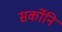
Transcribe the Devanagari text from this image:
सर्कोनि